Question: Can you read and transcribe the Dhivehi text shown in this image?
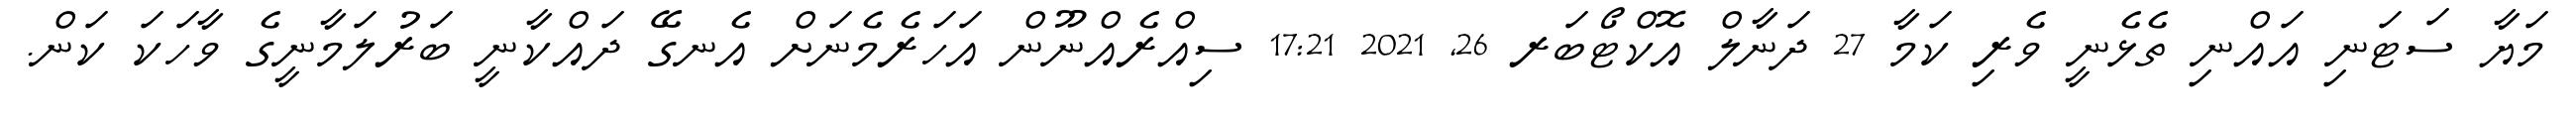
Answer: މަޔާ ސަޓަނި އައްނި ތެޅެނީ ވެރި ކަމާ 27 ދަނާލް އޮކްޓޯބަރ 26, 2021 17:21 ސިއްރެއްނޫން އަހަރެމެނަށް އެނގޭ ދައްކާނީ ބަރުލަމާނީގެ ވާހަކަ ކަން.